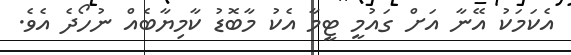
އެކަމަކު އޭނާ އަށް ގައުމީ ޓީމާ އެކު މާބޮޑު ކާމިޔާބެއް ނުހޯދެ އެވެ.